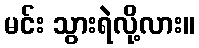
မင်း သွားရဲလို့လား။